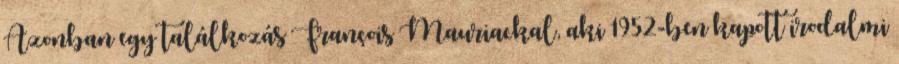
Azonban egy találkozás François Mauriackal, aki 1952-ben kapott irodalmi